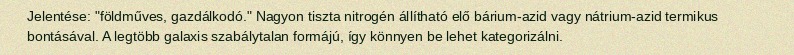
Jelentése: "földműves, gazdálkodó." Nagyon tiszta nitrogén állítható elő bárium-azid vagy nátrium-azid termikus bontásával. A legtöbb galaxis szabálytalan formájú, így könnyen be lehet kategorizálni.